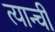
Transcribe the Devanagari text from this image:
त्यान्ची